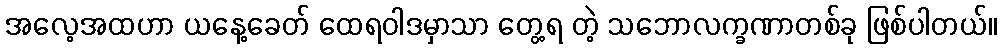
အလေ့အထဟာ ယနေ့ခေတ် ထေရဝါဒမှာသာ တွေ့ရ တဲ့ သဘောလက္ခဏာတစ်ခု ဖြစ်ပါတယ်။